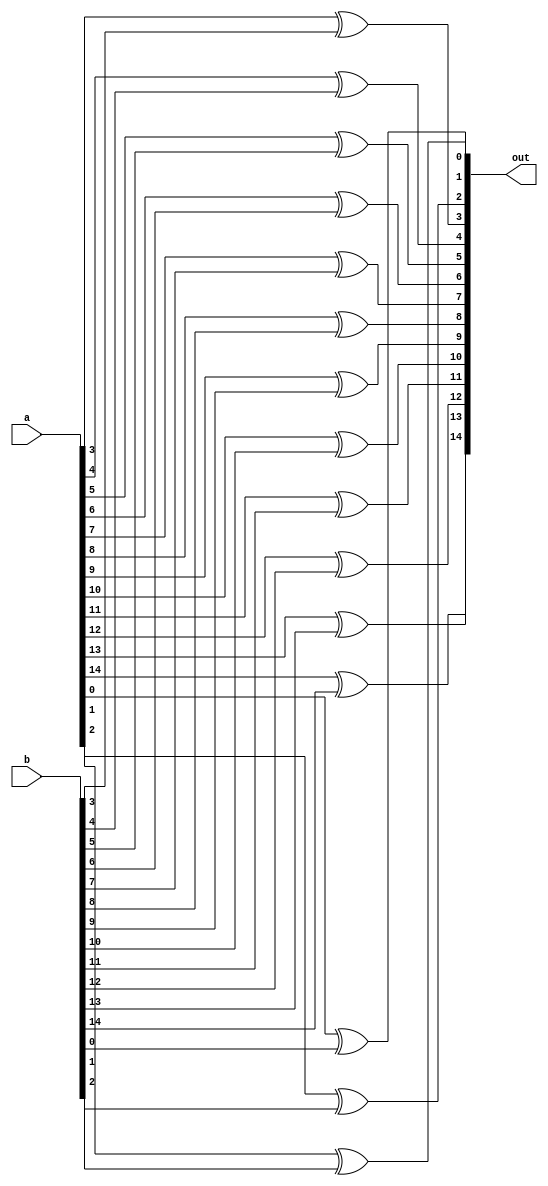
module large_xor (a,b,out);
	output reg [14:0] out;
	input [14:0] a;
	input [15:1] b;
	always @(*)
	begin
		out[0]=a[0]^b[1];
		out[1]=a[1]^b[2];
		out[2]=a[2]^b[3];
		out[3]=a[3]^b[4];
		out[4]=a[4]^b[5];
		out[5]=a[5]^b[6];
		out[6]=a[6]^b[7];
		out[7]=a[7]^b[8];
		out[8]=a[8]^b[9];
		out[9]=a[9]^b[10];
		out[10]=a[10]^b[11];
		out[11]=a[11]^b[12];
		out[12]=a[12]^b[13];
		out[13]=a[13]^b[14];
		out[14]=a[14]^b[15];
	end
endmodule